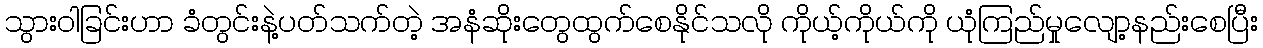
သွားဝါခြင်းဟာ ခံတွင်းနဲ့ပတ်သက်တဲ့ အနံဆိုးတွေထွက်စေနိုင်သလို ကိုယ့်ကိုယ်ကို ယုံကြည်မှုလျော့နည်းစေပြီး